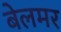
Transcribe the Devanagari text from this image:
बेलमर